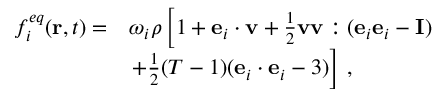
\begin{array} { r l } { f _ { i } ^ { e q } ( \mathbf { r } , t ) = } & { \omega _ { i } \rho \left[ 1 + \mathbf { e } _ { i } \cdot \mathbf { v } + \frac { 1 } { 2 } \mathbf { v } \mathbf { v } : ( \mathbf { e } _ { i } \mathbf { e } _ { i } - \mathbf { I } ) \right. } \\ & { \left. + \frac { 1 } { 2 } ( T - 1 ) ( \mathbf { e } _ { i } \cdot \mathbf { e } _ { i } - 3 ) \right] \, , } \end{array}